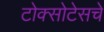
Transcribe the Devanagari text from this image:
टोक्सोटेसचे